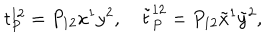
t _ { P } ^ { 1 2 } = P _ { 1 2 } x ^ { 1 } y ^ { 2 } , \quad \tilde { t } _ { P } ^ { 1 2 } = P _ { 1 2 } \tilde { x } ^ { 1 } \tilde { y } ^ { 2 } ,